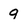
Character: 9